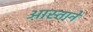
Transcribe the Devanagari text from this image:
आस्ताने